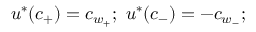
u ^ { * } ( c _ { + } ) = c _ { w _ { + } } ; \ u ^ { * } ( c _ { - } ) = - c _ { w _ { - } } ;